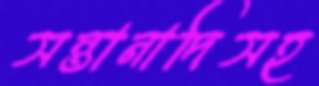
সন্তানাদিসহ